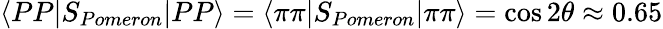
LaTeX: \langle PP|S_{Pomeron}|PP\rangle=\langle\pi\pi|S_{Pomeron}|\pi\pi\rangle=\cos 2\theta\approx 0.65